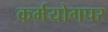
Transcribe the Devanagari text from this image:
कर्मयोगपर